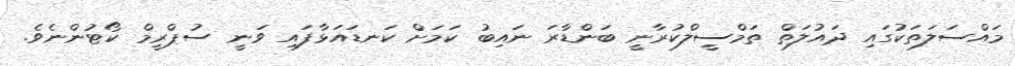
މައްސަލަތަކުގައި ދައުލަތް ތަމްސީލްކުރާނީ ބަންޑާރަ ނައިބު ކަމަށް ކަނޑައަޅާފައި ވަނީ ސުޕްރީމް ކޯޓުންނެވެ.